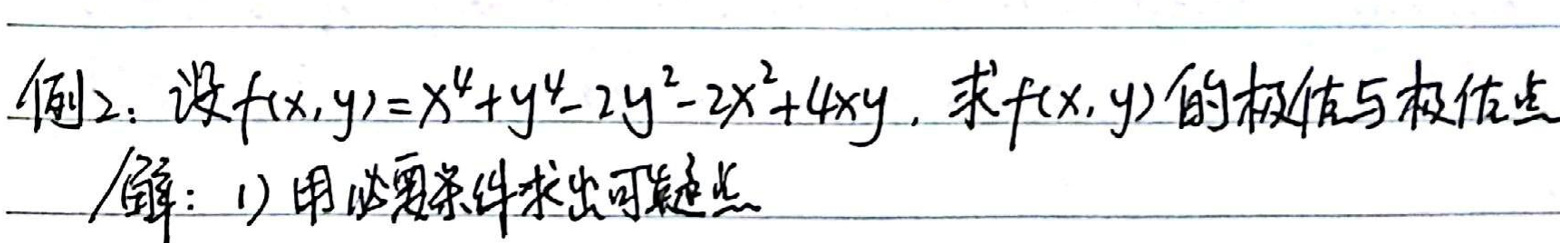
例2：设$f(x,y)=x^{4}+y^{4}-2y^{2}-2x^{2}+4xy$，求$f(x,y)$的极值与极值点。
解：1) 用必要条件求出可疑点。